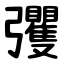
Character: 彏